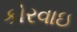
કોરવાઇ